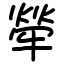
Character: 犖